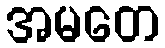
အမတေ